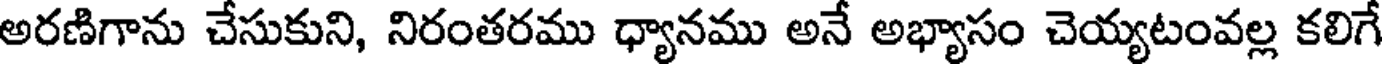
అరణిగాను చేసుకుని, నిరంతరము ధ్యానము అనే అభ్యాసం చెయ్యటంవల్ల కలిగే